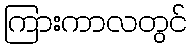
ကြားကာလတွင်